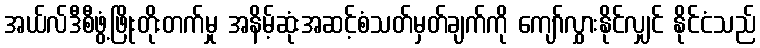
အယ်လ်ဒီစီဖွံ့ဖြိုးတိုးတက်မှု အနိမ့်ဆုံးအဆင့်စံသတ်မှတ်ချက်ကို ကျော်လွှားနိုင်လျှင် နိုင်ငံသည်